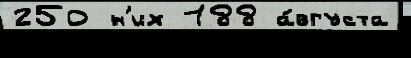
250 н'их 188 а́вгуста